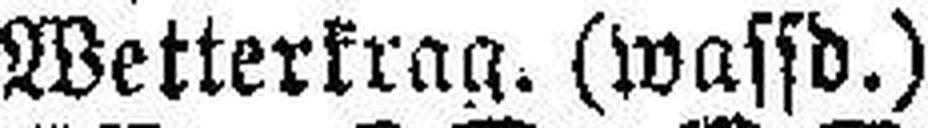
Wetterkrag. (wassd.)